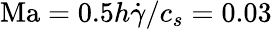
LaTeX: \mathrm{Ma}=0.5h\dot{\gamma}/c_{s}=0.03